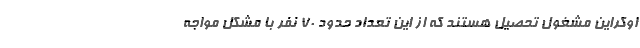
اوکراین مشغول تحصیل هستند که از این تعداد حدود ۷۰ نفر با مشکل مواجه